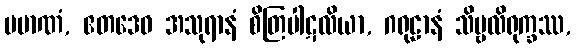
ပမာဏံ, ဧတဒေဝ အသုရာနံ စိတြပါဋလိယာ, ဂရုဠာနံ သိမ္ဗလိရုက္ခဿ,